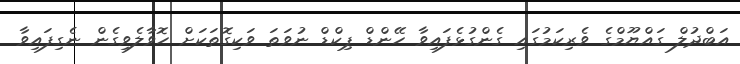
އަބްދުލް ގައްޔޫމްގެ ވެރިިކަމުގައި ގެންގުޅެފައިވާ ހޭންޑް ޕިކްޑް ނުވަަތަ ވަކިގޮތަކަށް ހޮވާލެވިގެން ނެގިފައިވާ